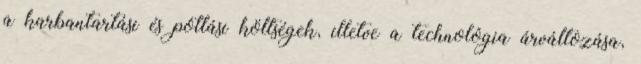
a karbantartási és pótlási költségek, illetve a technológia árváltozása,